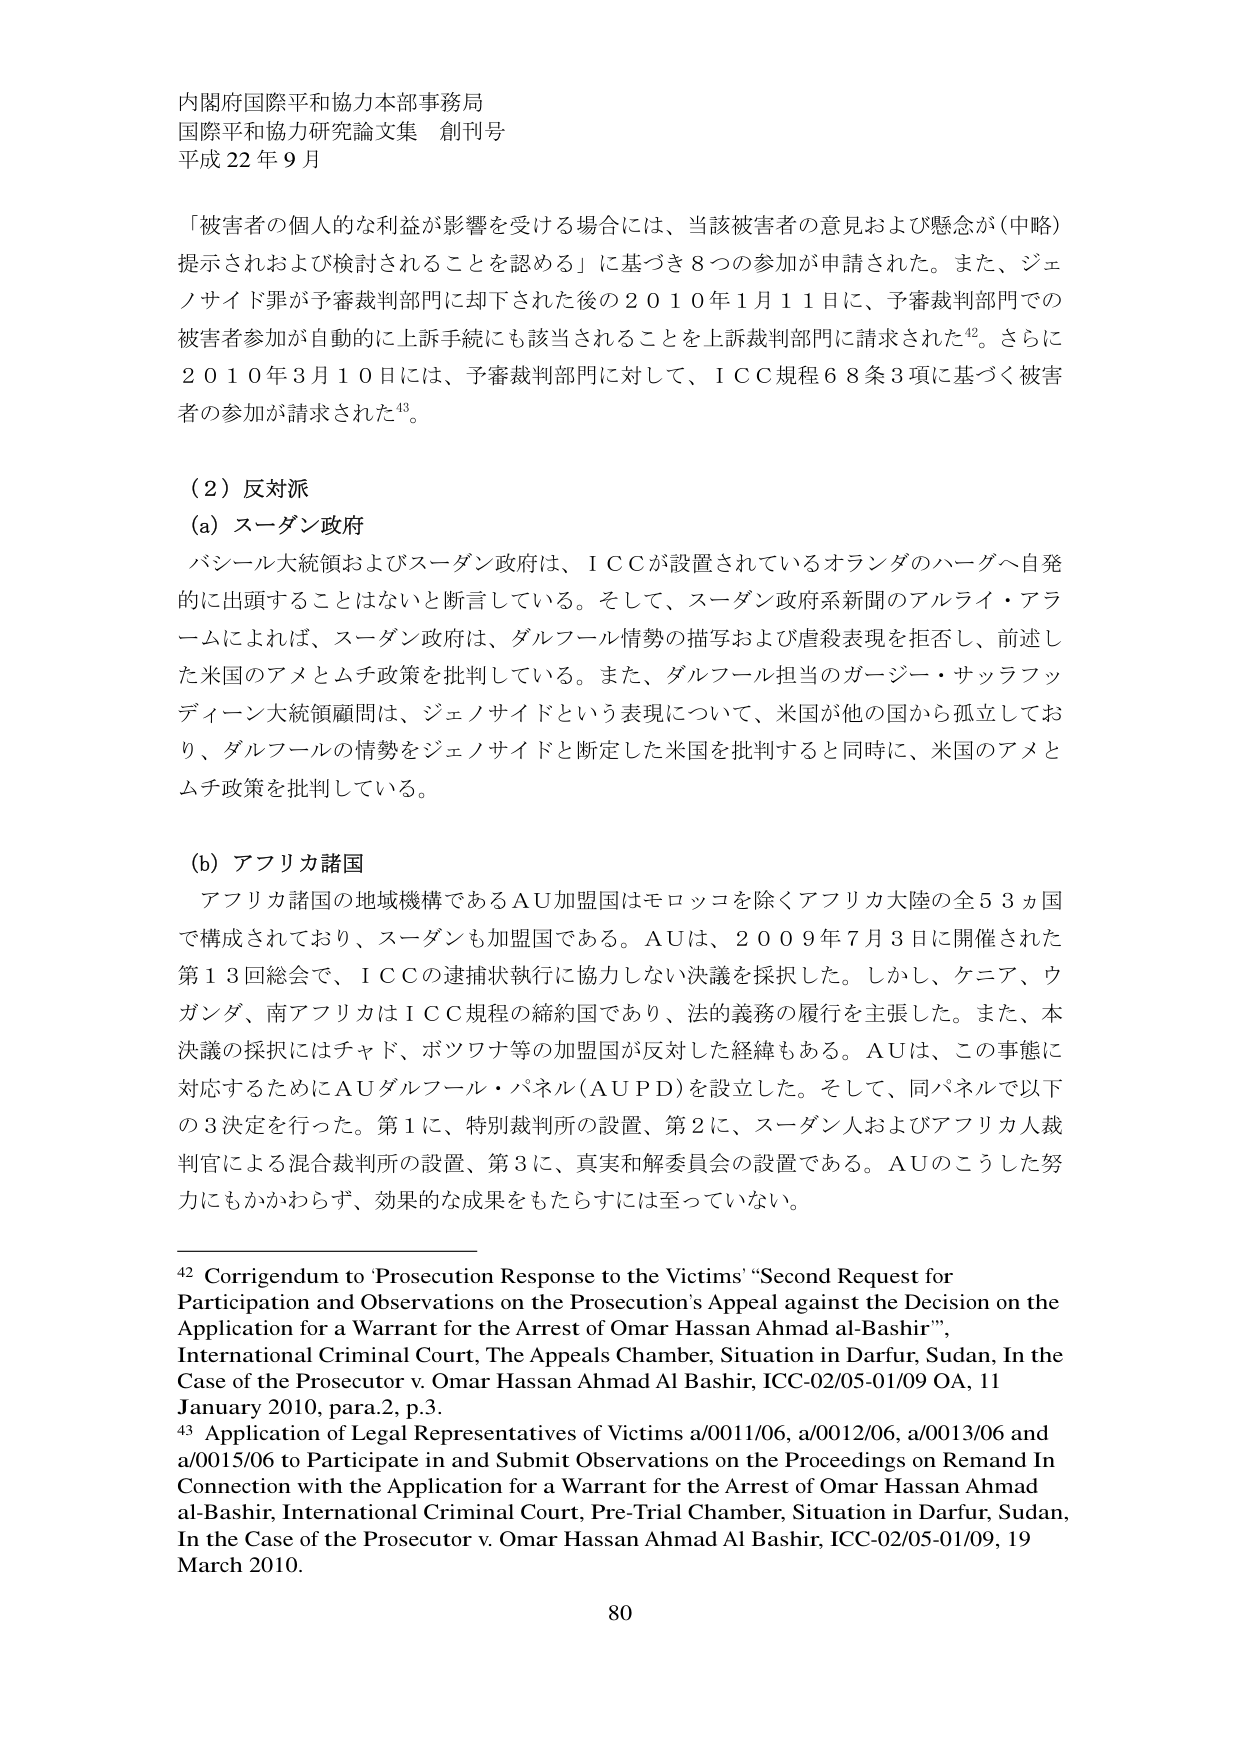
内閣府国際平和協力本部事務局
国際平和協力研究論文集 創刊号
平成22年9月

「被害者の個人的な利益が影響を受ける場合には、当該被害者の意見および懸念が（中略）提示されおよび検討されることを認める」に基づき8つの参加が申請された。また、ジェノサイド罪が予審裁判部門に却下された後の2010年1月11日に、予審裁判部門での被害者参加が自動的に上訴手続にも該当されることを上訴裁判部門に請求された⁴²。さらに2010年3月10日には、予審裁判部門に対して、ICC規程68条3項に基づく被害者の参加が請求された⁴³。

（2）反対派
（a）スーダン政府
バシール大統領およびスーダン政府は、ICCが設置されているオランダのハーグへ自発的に出頭することはないと断言している。そして、スーダン政府系新聞のアルライ・アラームによれば、スーダン政府は、ダルフール情勢の描写および虐殺表現を拒否し、前述した米国のアメとムチ政策を批判している。また、ダルフール担当のガージー・サッラフディーン大統領顧問は、ジェノサイドという表現について、米国が他の国から孤立しており、ダルフールの情勢をジェノサイドと断定した米国を批判すると同時に、米国のアメとムチ政策を批判している。

（b）アフリカ諸国
アフリカ諸国の地域機構であるAU加盟国はモロッコを除くアフリカ大陸の全53ヵ国で構成されており、スーダンも加盟国である。AUは、2009年7月3日に開催された第13回総会で、ICCの逮捕状執行に協力しない決議を採択した。しかし、ケニア、ウガンダ、南アフリカはICC規程の締約国であり、法的義務の履行を主張した。また、本決議の採択にはチャド、ボツワナ等の加盟国が反対した経緯もある。AUは、この事態に対応するためにAUダルフール・パネル（AUPD）を設立した。そして、同パネルで以下の3決定を行った。第1に、特別裁判所の設置、第2に、スーダン人およびアフリカ人裁判官による混合裁判所の設置、第3に、真実和解委員会の設置である。AUのこうした努力にもかかわらず、効果的な成果をもたらすには至っていない。

⁴² Corrigendum to 'Prosecution Response to the Victims' "Second Request for Participation and Observations on the Prosecution's Appeal against the Decision on the Application for a Warrant for the Arrest of Omar Hassan Ahmad al-Bashir", International Criminal Court, The Appeals Chamber, Situation in Darfur, Sudan, In the Case of the Prosecutor v. Omar Hassan Ahmad Al Bashir, ICC-02/05-01/09 OA, 11 January 2010, para.2, p.3.
⁴³ Application of Legal Representatives of Victims a/0011/06, a/0012/06, a/0013/06 and a/0015/06 to Participate in and Submit Observations on the Proceedings on Remand In Connection with the Application for a Warrant for the Arrest of Omar Hassan Ahmad al-Bashir, International Criminal Court, Pre-Trial Chamber, Situation in Darfur, Sudan, In the Case of the Prosecutor v. Omar Hassan Ahmad Al Bashir, ICC-02/05-01/09, 19 March 2010.

80